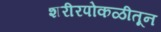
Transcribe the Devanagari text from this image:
शरीरपोकळीतून